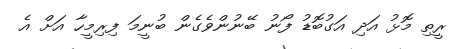
ރީތި މޮޅު އަދި އަގުބޮޑު ފޯނު ބޭނުންވެގެން ބުނީމަ ފިރިމީހާ އަށް އެ